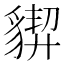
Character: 𧳳